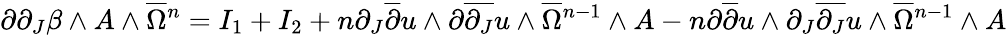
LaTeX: \partial\partial_{J}\beta\wedge A\wedge\overline{{\Omega}}{\mathstrut}^{n}=I_{1}+I_{2}+n\partial_{J}\overline{{\partial}}u\wedge\partial\overline{{\partial_{J}}}u\wedge\overline{{\Omega}}{\mathstrut}^{n-1}\wedge A-n\partial\overline{{\partial}}u\wedge\partial_{J}\overline{{\partial_{J}}}u\wedge\overline{{\Omega}}{\mathstrut}^{n-1}\wedge A